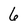
Character: 6